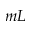
m L